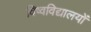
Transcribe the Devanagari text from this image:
विष्वविद्यालयों